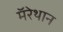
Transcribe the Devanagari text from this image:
मॅरेथान